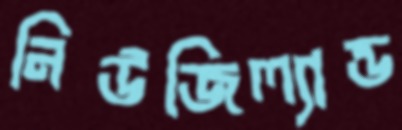
নিউজিল্যান্ড